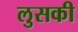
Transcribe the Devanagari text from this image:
लुसकी